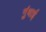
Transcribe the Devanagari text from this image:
गुंधाई